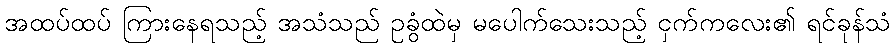
အထပ်ထပ် ကြားနေရသည့် အသံသည် ဥခွံထဲမှ မပေါက်သေးသည့် ငှက်ကလေး၏ ရင်ခုန်သံ